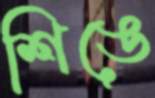
শিঙে